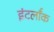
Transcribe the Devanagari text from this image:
इंटर्लॉक